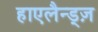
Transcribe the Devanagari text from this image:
हाएलैन्ड्ज़